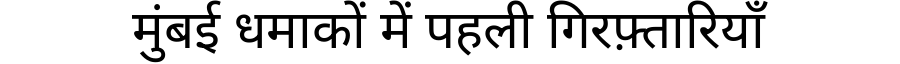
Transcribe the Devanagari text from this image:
मुंबई धमाकों में पहली गिरफ़्तारियाँ